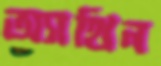
অ্যাথিন